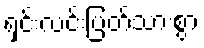
ရှင်းလင်းပြတ်သားစွာ